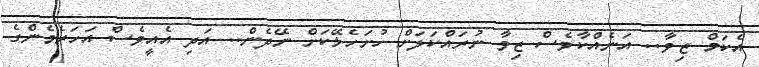
އެކަމް ޒިވާ.. އަނެއްކާވެސް ޒިވާ ނުރައްކަލަށް ހުށަހެޅޭކަށް ނޭދެން.. އަދި އެއީވެސް އަހަރެމެންގެ